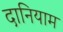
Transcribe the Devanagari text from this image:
दानियाम